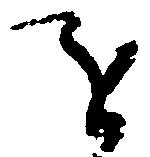
を